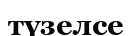
түзелсе